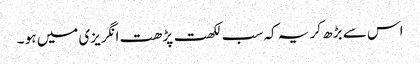
اس سے بڑھ کر یہ کہ سب لکھت پڑھت انگریزی میں ہو ۔